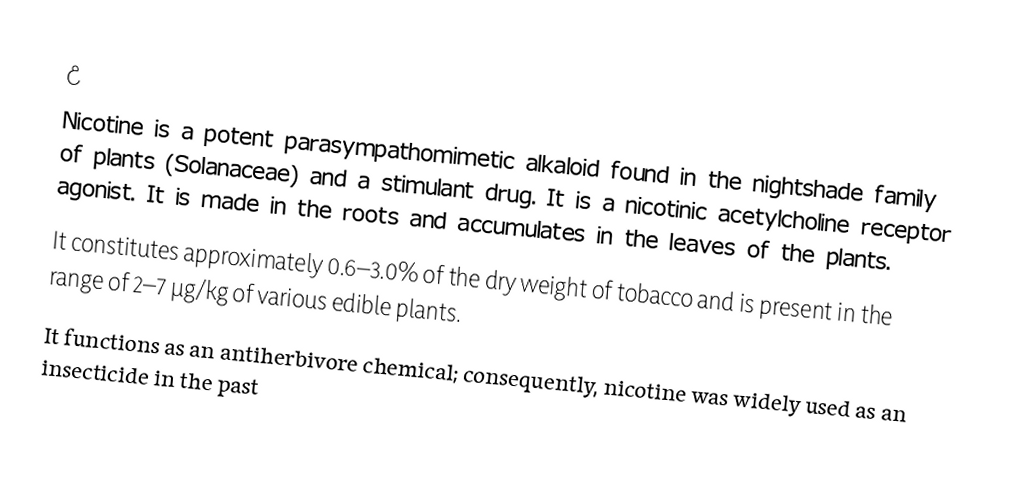
උ
Nicotine is a potent parasympathomimetic alkaloid found in the nightshade family of plants (Solanaceae) and a stimulant drug. It is a nicotinic acetylcholine receptor agonist. It is made in the roots and accumulates in the leaves of the plants.
It constitutes approximately 0.6–3.0% of the dry weight of tobacco and is present in the range of 2–7 µg/kg of various edible plants.
It functions as an antiherbivore chemical; consequently, nicotine was widely used as an insecticide in the past